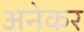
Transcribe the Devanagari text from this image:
अनेकर